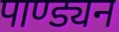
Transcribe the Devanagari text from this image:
पाण्ड्यन